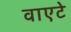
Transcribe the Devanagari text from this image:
वाएटे